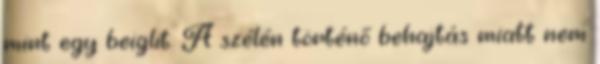
mint egy beiglit. A szélén történő behajtás miatt nem